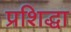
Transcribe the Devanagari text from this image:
प्रशिद्धा